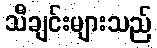
သီချင်းများသည်